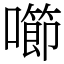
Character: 㘉